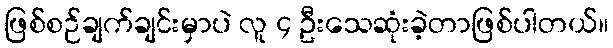
ဖြစ်စဉ်ချက်ချင်းမှာပဲ လူ ၄ ဦးသေဆုံးခဲ့တာဖြစ်ပါတယ်။